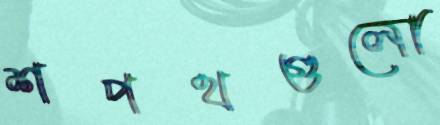
শপথগুলো